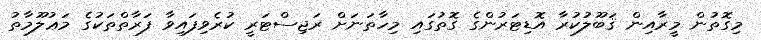
މިގޮތުން މީރާއިން ޤަބޫލުކުރާ އޮޑިޓަރުންގެ ގޮތުގައި މިހާތަނަށް ރަޖިސްޓަރީ ކުރެވިފައިވާ ފަރާތްތަކުގެ މަޢުލޫމާތު